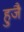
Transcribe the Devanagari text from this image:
हुजै